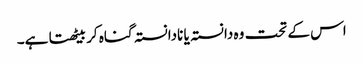
اس کے تحت وہ دانستہ یا نادانستہ گناہ کر بیٹھتا ہے۔